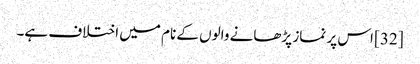
[32] اس پر نماز پڑھانے والوں کے نام میں اختلاف ہے۔